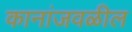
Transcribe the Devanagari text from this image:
कानांजवळील